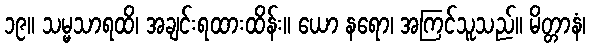
၁၉။ သမ္မသာရထိ၊ အချင်းရထားထိန်း။ ယော နရော၊ အကြင်သူသည်။ မိတ္တာနံ၊